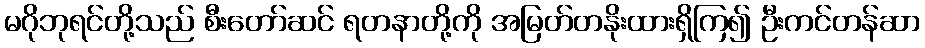
မဂိုဘုရင်တို့သည် စီးတော်ဆင် ရတနာတို့ကို အမြတ်တနိုးထားရှိကြ၍ ဦးကင်တန်ဆာ